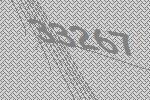
33267